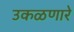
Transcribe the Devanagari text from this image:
उकळणारे